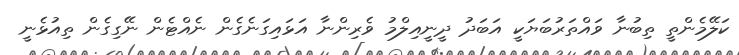
ކަލޭމެންތީ ތިބުނާ ވައްތަރުބަޔަކީ އަބަދު ދީނީއިލްމު ވެރިންނާ އަޅައިގަނެގެން ނެއްޓެން ނޭގިގެން ތިއުޅެނީ